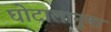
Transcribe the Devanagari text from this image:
घोटालानुमा